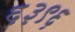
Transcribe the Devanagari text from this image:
६३९६